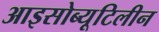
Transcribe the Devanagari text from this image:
आइसोब्यूटिलीन